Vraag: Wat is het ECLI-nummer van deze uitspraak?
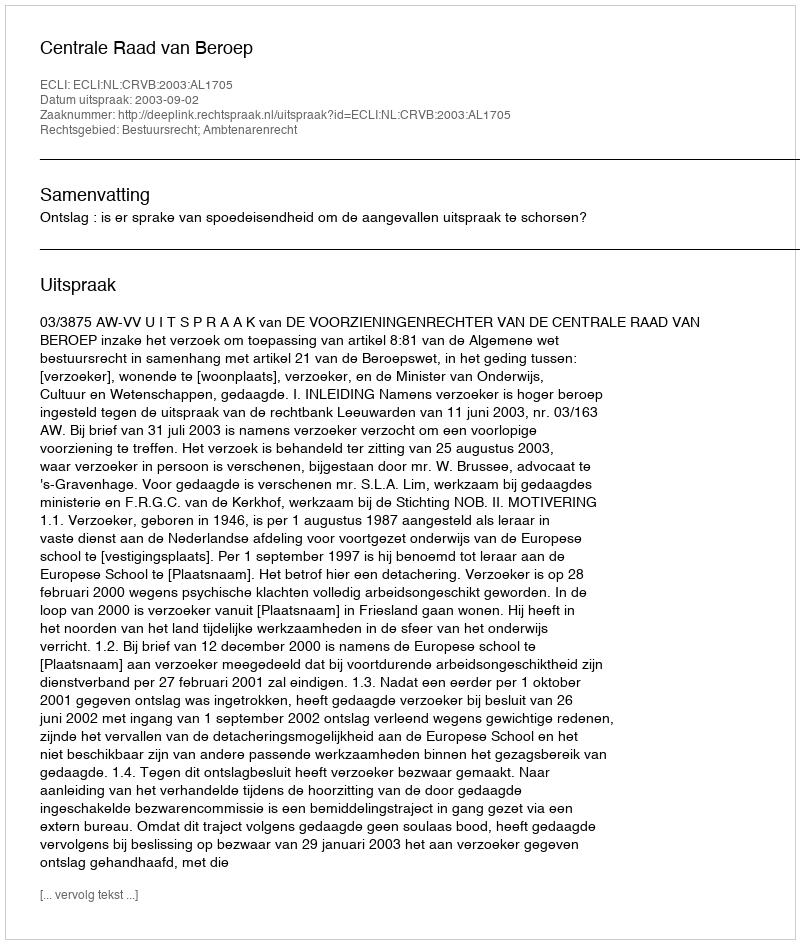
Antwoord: ECLI:NL:CRVB:2003:AL1705